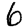
Digit: 6